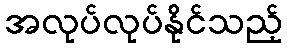
အလုပ်လုပ်နိုင်သည့်